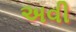
અવી